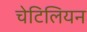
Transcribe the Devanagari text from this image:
चेटिलियन